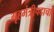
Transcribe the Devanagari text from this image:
गृहमंत्रीपदाचा